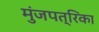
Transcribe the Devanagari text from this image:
मुंजपत्रिका